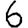
Digit: 6